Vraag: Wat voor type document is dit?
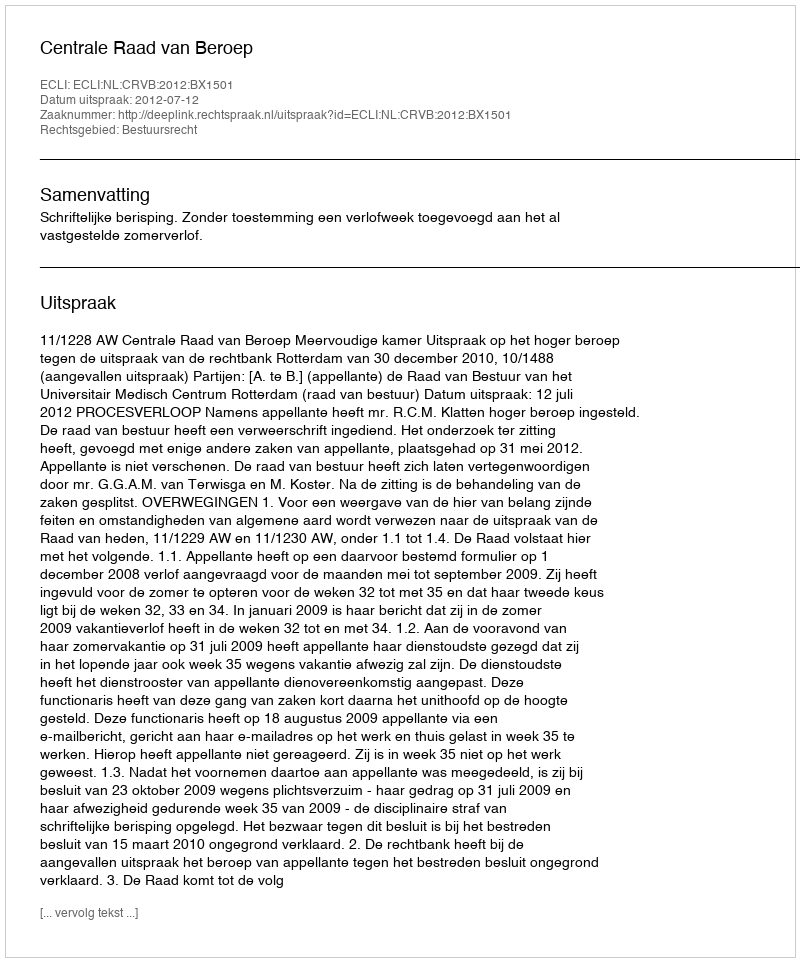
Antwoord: Uitspraak